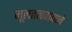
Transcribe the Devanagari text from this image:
मूलतत्त्ववाद्याने